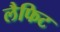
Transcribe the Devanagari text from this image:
लैफिट